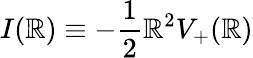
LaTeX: I(\mathbb{R})\equiv-{\frac{{1}}{{2}}}\mathbb{R}^{2}V_{+}(\mathbb{R})